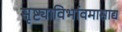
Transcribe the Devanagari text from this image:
सृष्ट्याविर्भावमासाद्य